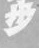
步